Civil Veterinary Dept. Assam report 1927-50 - 1927-1950
Year: 1927
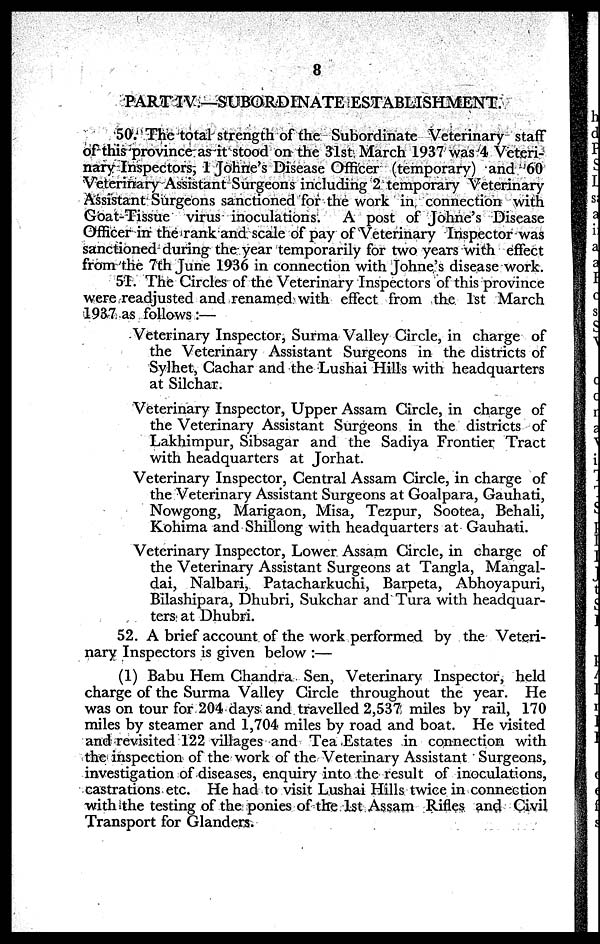
8
PART IV.—SUBORDINATE ESTABLISHMENT.
50. The total strength of the Subordinate Veterinary staff
of this province as it stood on the 31st March 1937 was 4 Veteri-
nary Inspectors, 1 Johne's Disease Officer (temporary) and 60
Veterinary Assistant Surgeons including 2 temporary Veterinary
Assistant Surgeons sanctioned for the work in connection with
Goat-Tissue virus inoculations. A post of Johne's Disease
Officer in the rank and scale of pay of Veterinary Inspector was
sanctioned during the year temporarily for two years with effect
from the 7th June 1936 in connection with Johne's disease work.
51. The Circles of the Veterinary Inspectors of this province
were readjusted and renamed with effect from the 1st March
1937 as follows :—
Veterinary Inspector, Surma Valley Circle, in charge of
the Veterinary Assistant Surgeons in the districts of
Sylhet, Cachar and the Lushai Hills with headquarters
at Silchar.
Veterinary Inspector, Upper Assam Circle, in charge of
the Veterinary Assistant Surgeons in the districts of
Lakhimpur, Sibsagar and the Sadiya Frontier Tract
with headquarters at Jorhat.
Veterinary Inspector, Central Assam Circle, in charge of
the Veterinary Assistant Surgeons at Goalpara, Gauhati,
Nowgong, Marigaon, Misa, Tezpur, Sootea, Behali,
Kohima and Shillong with headquarters at Gauhati.
Veterinary Inspector, Lower Assam Circle, in charge of
the Veterinary Assistant Surgeons at Tangla, Mangal-
dai, Nalbari, Patacharkuchi, Barpeta, Abhoyapuri,
Bilashipara, Dhubri, Sukchar and Tura with headquar-
ters at Dhubri.
52. A brief account of the work performed by the Veteri-
nary Inspectors is given below :—
(1) Babu Hem Chandra Sen, Veterinary Inspector, held
charge of the Surma Valley Circle throughout the year. He
was on tour for 204 days and travelled 2,537 miles by rail, 170
miles by steamer and 1,704 miles by road and boat. He visited
and revisited 122 villages and Tea Estates in connection with
the inspection of the work of the Veterinary Assistant Surgeons,
investigation of diseases, enquiry into the result of inoculations,
castrations etc. He had to visit Lushai Hills twice in connection
with the testing of the ponies of the 1st Assam Rifles and Civil
Transport for Glanders.